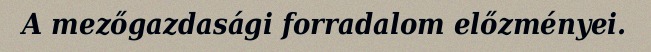
A mezőgazdasági forradalom előzményei.